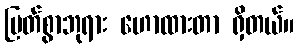
မြတ်စွာဘုရား ဟောထားတာ ရှိတယ်။